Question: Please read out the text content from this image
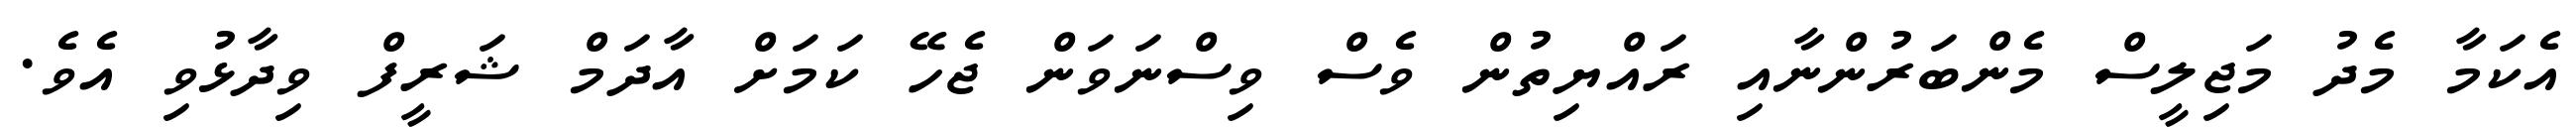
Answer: އެކަމާ މެދު މަޖިލީސް މެންބަރުންނާއި ރައްޔިތުން ވެސް ވިސްނަވަން ޖެހޭ ކަމަށް އާދަމް ޝަރީފް ވިދާޅުވި އެވެ.